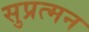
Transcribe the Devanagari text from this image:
सुप्रत्मन